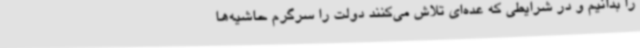
را بدانیم و در شرایطی که عده‌ای تلاش می‌کنند دولت را سرگرم حاشیه‌ها